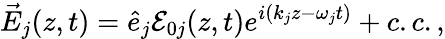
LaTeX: \vec{E}_{j}(z,t)=\hat{e}_{j}\mathcal E_{0j}(z,t)e^{i(k_{j}z-\omega_{j}t)}+c.c.,